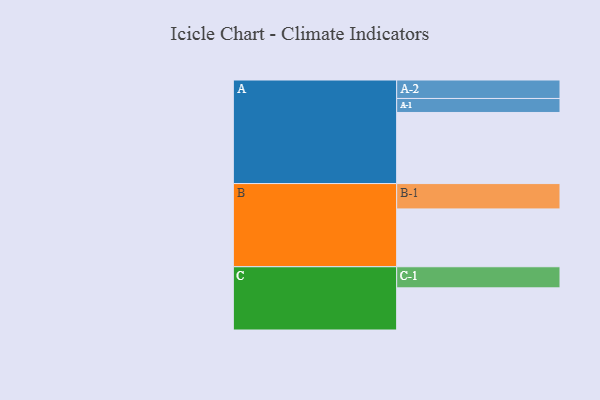
{"axis": {"x": "Segment", "y": "Value"}, "legend": ["", "A", "B", "C"], "data": [{"x": "A", "y": 589, "type": ""}, {"x": "B", "y": 479, "type": ""}, {"x": "C", "y": 349, "type": ""}, {"x": "A-1", "y": 116, "type": "A"}, {"x": "A-2", "y": 153, "type": "A"}, {"x": "B-1", "y": 210, "type": "B"}, {"x": "C-1", "y": 175, "type": "C"}]}